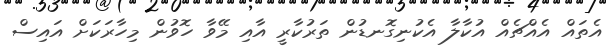
އެތައް އެއްޗެއް އުކާލާ އެކުނިގޮނޑުން ތަރުކާރީ އާއި މޭވާ ހޮވުން މިހާރަކަށް އައިސް